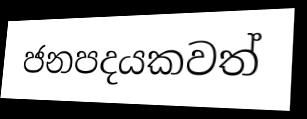
ජනපදයකවත්